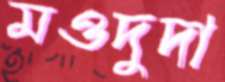
মওদুদা